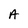
Character: A